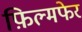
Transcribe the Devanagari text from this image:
फ़िल्मफेर